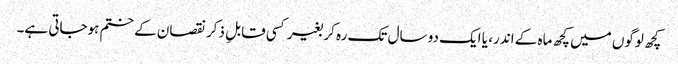
کچھ لوگوں میں کچھ ماہ کے اندر، یا ایک دو سال تک رہ کر بغیر کسی قابلِ ذکر نقصان کے ختم ہوجاتی ہے۔